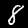
Digit: 8